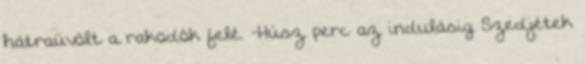
hátraüvölt a rakodók felé. -Húsz perc az indulásig Szedjétek